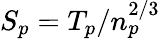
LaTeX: S_{p}=T_{p}/n_{p}^{2/3}